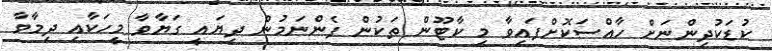
ކުޑަކުދިންނަށް ހާއްސަކޮށްފައިވާ މި ކާޓޫން ތަކުން ފެންނަމުން ދިޔައީ ގަޔާވާ މީހަކާއި ދިމާވާ